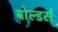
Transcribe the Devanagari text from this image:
बोल्डर्स